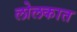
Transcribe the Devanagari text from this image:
लोलकात